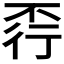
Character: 𧗩